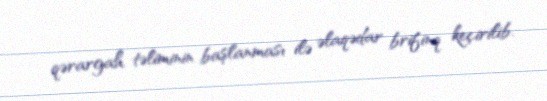
qərargah təliminin başlanması ilə əlaqədar brifinq keçirilib.